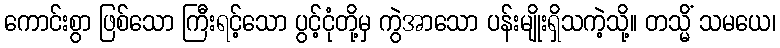
ကောင်းစွာ ဖြစ်သော ကြီးရင့်သော ပွင့်ငုံတို့မှ ကွဲအာသော ပန်းမျိုးရှိသကဲ့သို့။ တသ္မိံ သမယေ၊